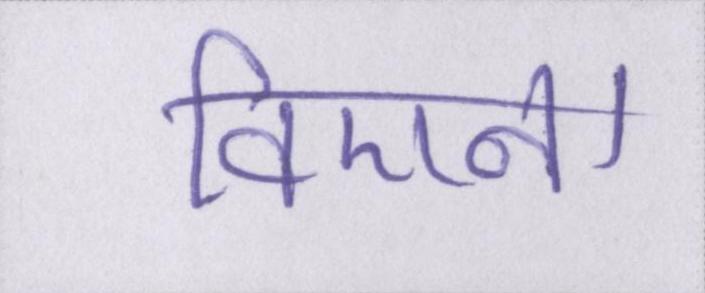
विएना